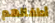
أطفالهم